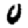
Digit: 0